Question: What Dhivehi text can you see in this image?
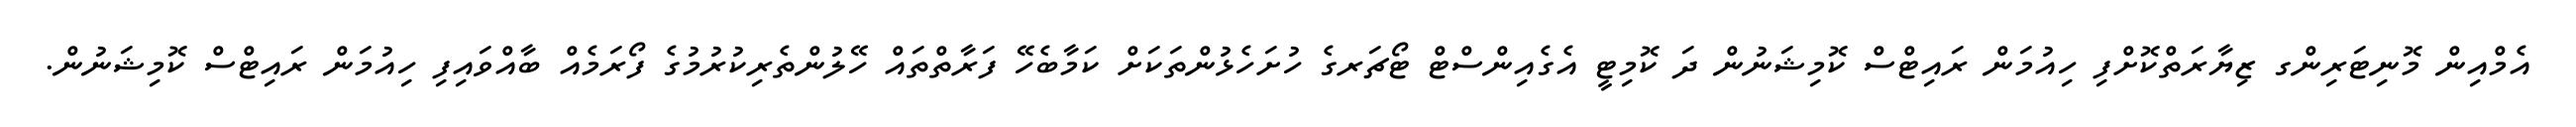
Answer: އެމްއިން މޮނިޓަރިންގ ޒިޔާރަތްކޮށްފި ހިއުމަން ރައިޓްސް ކޮމިޝަނުން ދަ ކޮމިޓީ އެގެއިންސްޓް ޓޯޗަރގެ ހުށަހެޅުންތަކަށް ކަމާބެހޭ ފަރާތްތައް ހޭލުންތެރިކުރުމުގެ ފޯރަމެއް ބާއްވައިފި ހިއުމަން ރައިޓްސް ކޮމިޝަނުން.